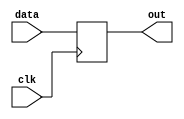
module dff(input wire clk,
           input wire data,
           output wire out);
  reg stored;
  // You can also just declare "output reg out" above.
  assign out = stored;

  always @(posedge clk) begin
    stored <= data;
  end
endmodule